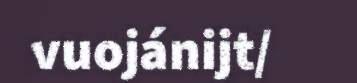
vuojánijt/